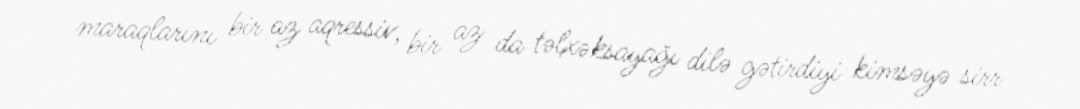
maraqlarını bir az aqressiv, bir az da təlxəksayağı dilə gətirdiyi kimsəyə sirr